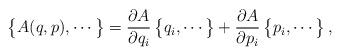
LaTeX: \begin{align*}\bigl\{A(q,p),\cdots\bigr\}=\frac{\partial A}{\partial q_i}\,\bigl\{q_i,\cdots\bigr\}+\frac{\partial A}{\partial p_i}\,\bigl\{p_i,\cdots\bigr\}\,,\end{align*}